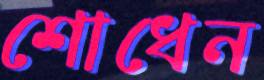
শোধেন